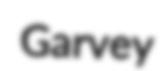
Garvey